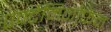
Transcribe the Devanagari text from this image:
एक्टेमिनोफेन